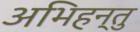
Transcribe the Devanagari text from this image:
अभिहन्तु